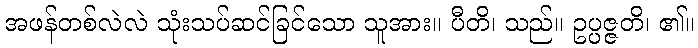
အဖန်တစ်လဲလဲ သုံးသပ်ဆင်ခြင်သော သူအား။ ပီတိ၊ သည်။ ဥပ္ပဇ္ဇတိ၊ ၏။